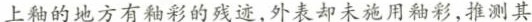
上釉的地方有釉彩的残迹，外表却未施用釉彩，推测其